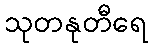
သုတနုတီရေ